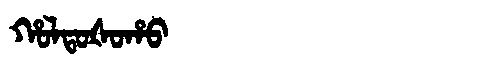
Manchu: ᡥᠣᠯᡨᠣᡧᠣᡥᠣ
Romanization: HOLTOŠOHO